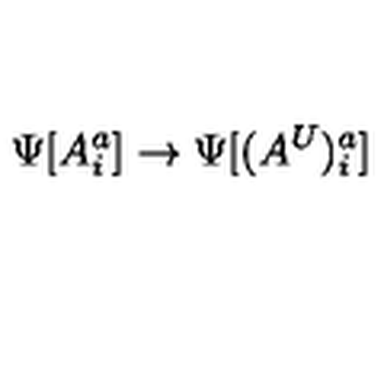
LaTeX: \Psi [ A _ { i } ^ { a } ] \rightarrow \Psi [ ( A ^ { U } ) _ { i } ^ { a } ]